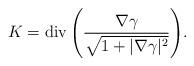
LaTeX: \begin{align*}K=\operatorname{div}\Bigg(\frac{\nabla\gamma}{\sqrt{1+\lvert\nabla \gamma\rvert^2}}\Bigg).\end{align*}